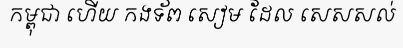
កម្ពុជា ហើយ កងទ័ព សៀម ដែល សេសសល់